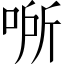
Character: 𰇵